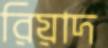
রিয়াদ